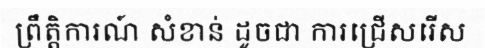
ព្រឹត្តិការណ៍ សំខាន់ ដូចជា ការជ្រើសរើស